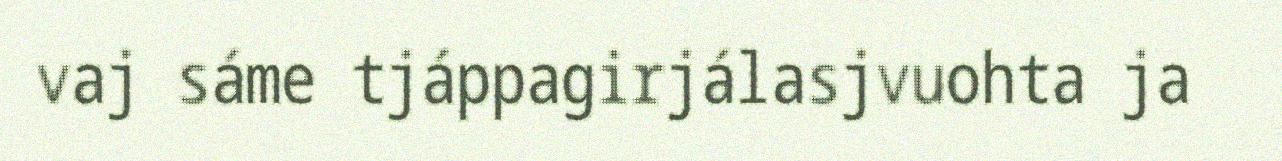
vaj sáme tjáppagirjálasjvuohta ja